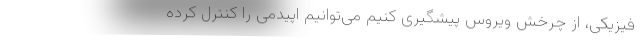
فیزیکی، از چرخش ویروس پیشگیری کنیم می‌توانیم اپیدمی را کنترل کرده